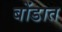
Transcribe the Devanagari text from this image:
बोंडात